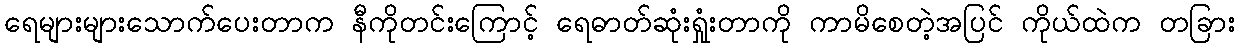
ရေများများသောက်ပေးတာက နီကိုတင်းကြောင့် ရေဓာတ်ဆုံးရှုံးတာကို ကာမိစေတဲ့အပြင် ကိုယ်ထဲက တခြား